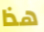
هذا